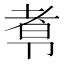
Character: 𰆑